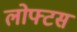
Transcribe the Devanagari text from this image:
लोफ्टस